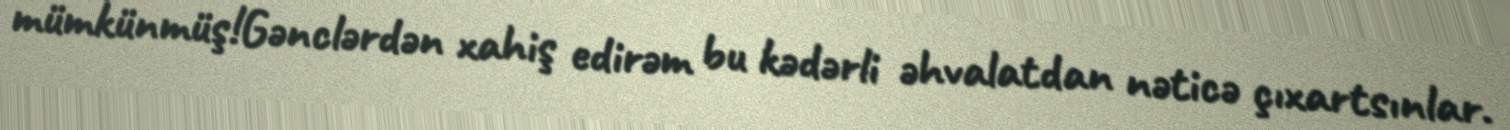
mümkünmüş!Gənclərdən xahiş edirəm bu kədərli əhvalatdan nəticə çıxartsınlar.